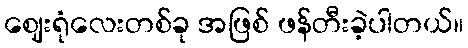
ဈေးရုံလေးတစ်ခု အဖြစ် ဖန်တီးခဲ့ပါတယ်။